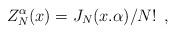
LaTeX: \begin{align*}Z_{N}^{\alpha} (x) = J_N(x.\alpha) /N! \,\,\,,\end{align*}